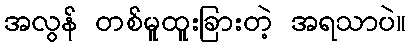
အလွန် တစ်မူထူးခြားတဲ့ အရသာပဲ။